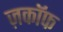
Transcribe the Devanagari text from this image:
ज़काॅफ